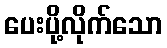
ပေးပို့လိုက်သော